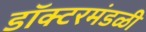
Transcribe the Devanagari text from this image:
डॉक्टरमंडळी